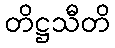
တိဋ္ဌသီတိ